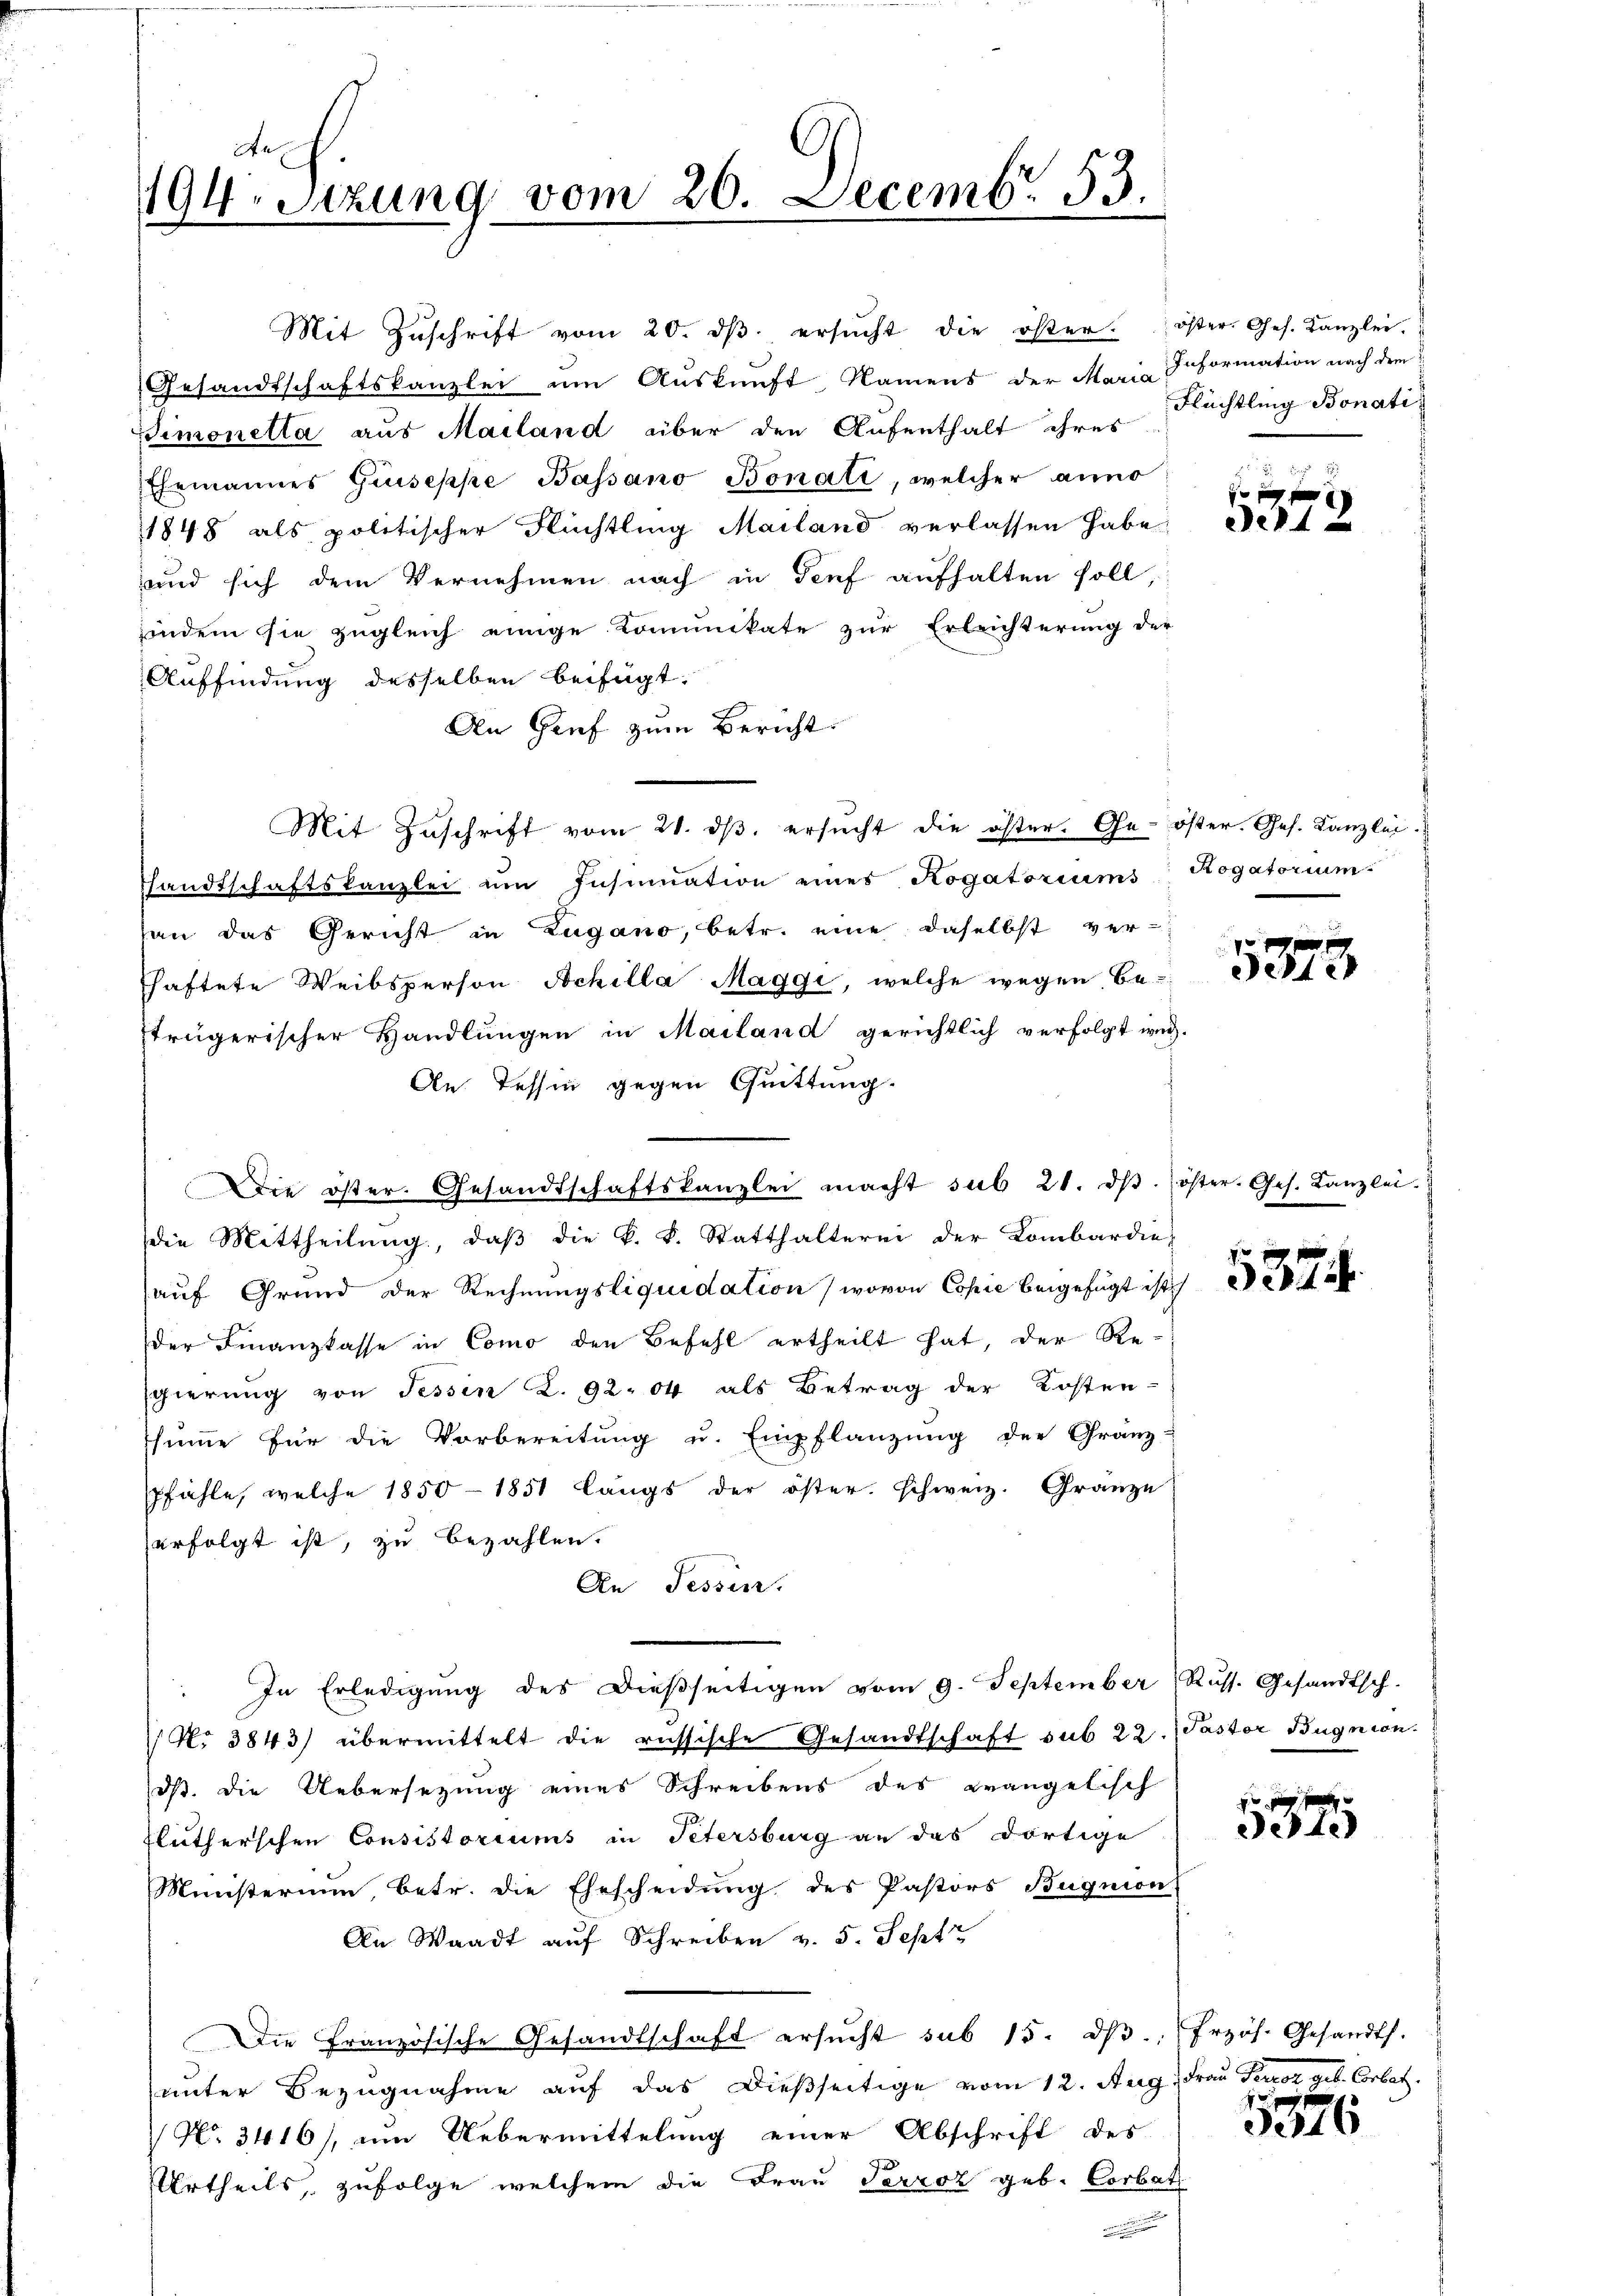
194. Sitzung vom 20. Decemb. 55.

Gesandtschaftskanzlei um Aŭskŭnft Namens der Maria Information nach dem
Simonetta aus Mailand über den Aufenthalt ihres
Ehemannes Guseppe Bassano Bonati, welcher anno
1848 als politischer Flüchtling Mailand verlassen habe,
und sich dem Vernehmen nach in Genf aufhalten soll,
indem sie zugleich einige Kommunikate zur Erleichterung der
Auffindung desselben beifügt:
An Grif zum Bericht
Mit Zuschrift vom 21. dβ. ersŭcht die öster. Ge- öster. Ges. Kanzlei
Thandtschaftskanzlei um Insinuation eines Rogatoriums Rogatorium
han das Gericht in Zugano, betr. eine daselbst verhaftete Weibsperson Achilla Maggi, welche wegen Be-
strägerischer Handlungen in Mailand gerichtlich verfolgt wer-
An Tessin gegen Quittung.
die Mittheilung, daβ die k. k. Statthalterei der Lombardie-
auf Grund der Rechnungsliquidation (wovon Copie beigefügt ist.
der Finanzkasse in Como den Befehl ertheilt hat, der Re-
sgierung von Tessin Z. 92. 04 als Betrag der Kosten-
shimme für die Vorbereitŭng u. Empflanzŭng der Granz-
pfähle, welche 1850-1851 längs der öster. schweiz. Granze
erfolgt ist, zu bezahlen.
An Tessin.
In Erledigŭng des dießseitigen vom 9. September, Russ. Gesandtsch.
 N. 3843) übermittelt die russische Gesandtschaft sub 22. Pastor Bugnion.
dß die Uebersetzung eines Schreibens des Krangelisch
Flutherschen Consistoriums in Petersburg an das dortige
Ministerium, betr. die Ehescheidung des Pastors Bugnon
An Waadt auf Schreiben v. 5. Septe
Die Französische Gesandtschaft ersucht sub 15. dβ. frzös. Gesandts.
unter Bezugnahme auf das dießseitige vom 12. Aug. Frau Terrot geb. Cortet.
 No. 3416), um Uebermittelung einer Abschrift des
Urtheils, zufolge welchem die Frau Perroz geb. Corbat
n

Die öster. Gesandtschaftskanzlei macht sub 21. dβ. öster. Ges. Kanzlei.

Mit Zŭschrift vom 20. dβ ersŭcht die öster. öster Ges. Kanzlei.

Flüchtling Bonati

f xx
e4

5373

537.

x
deste

5576